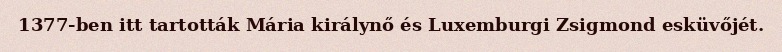
1377-ben itt tartották Mária királynő és Luxemburgi Zsigmond esküvőjét.